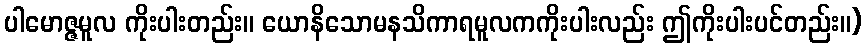
ပါမောဇ္ဇမူလ ကိုးပါးတည်း။ ယောနိသောမနသိကာရမူလကကိုးပါးလည်း ဤကိုးပါးပင်တည်း။)